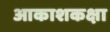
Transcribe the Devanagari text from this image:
आकाशकक्षा